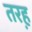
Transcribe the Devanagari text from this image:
तरह़